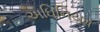
અઘિનિયમ